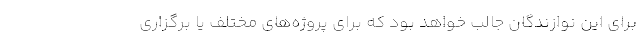
برای این نوازندگان جالب خواهد بود که برای پروژه‌های مختلف یا برگزاری